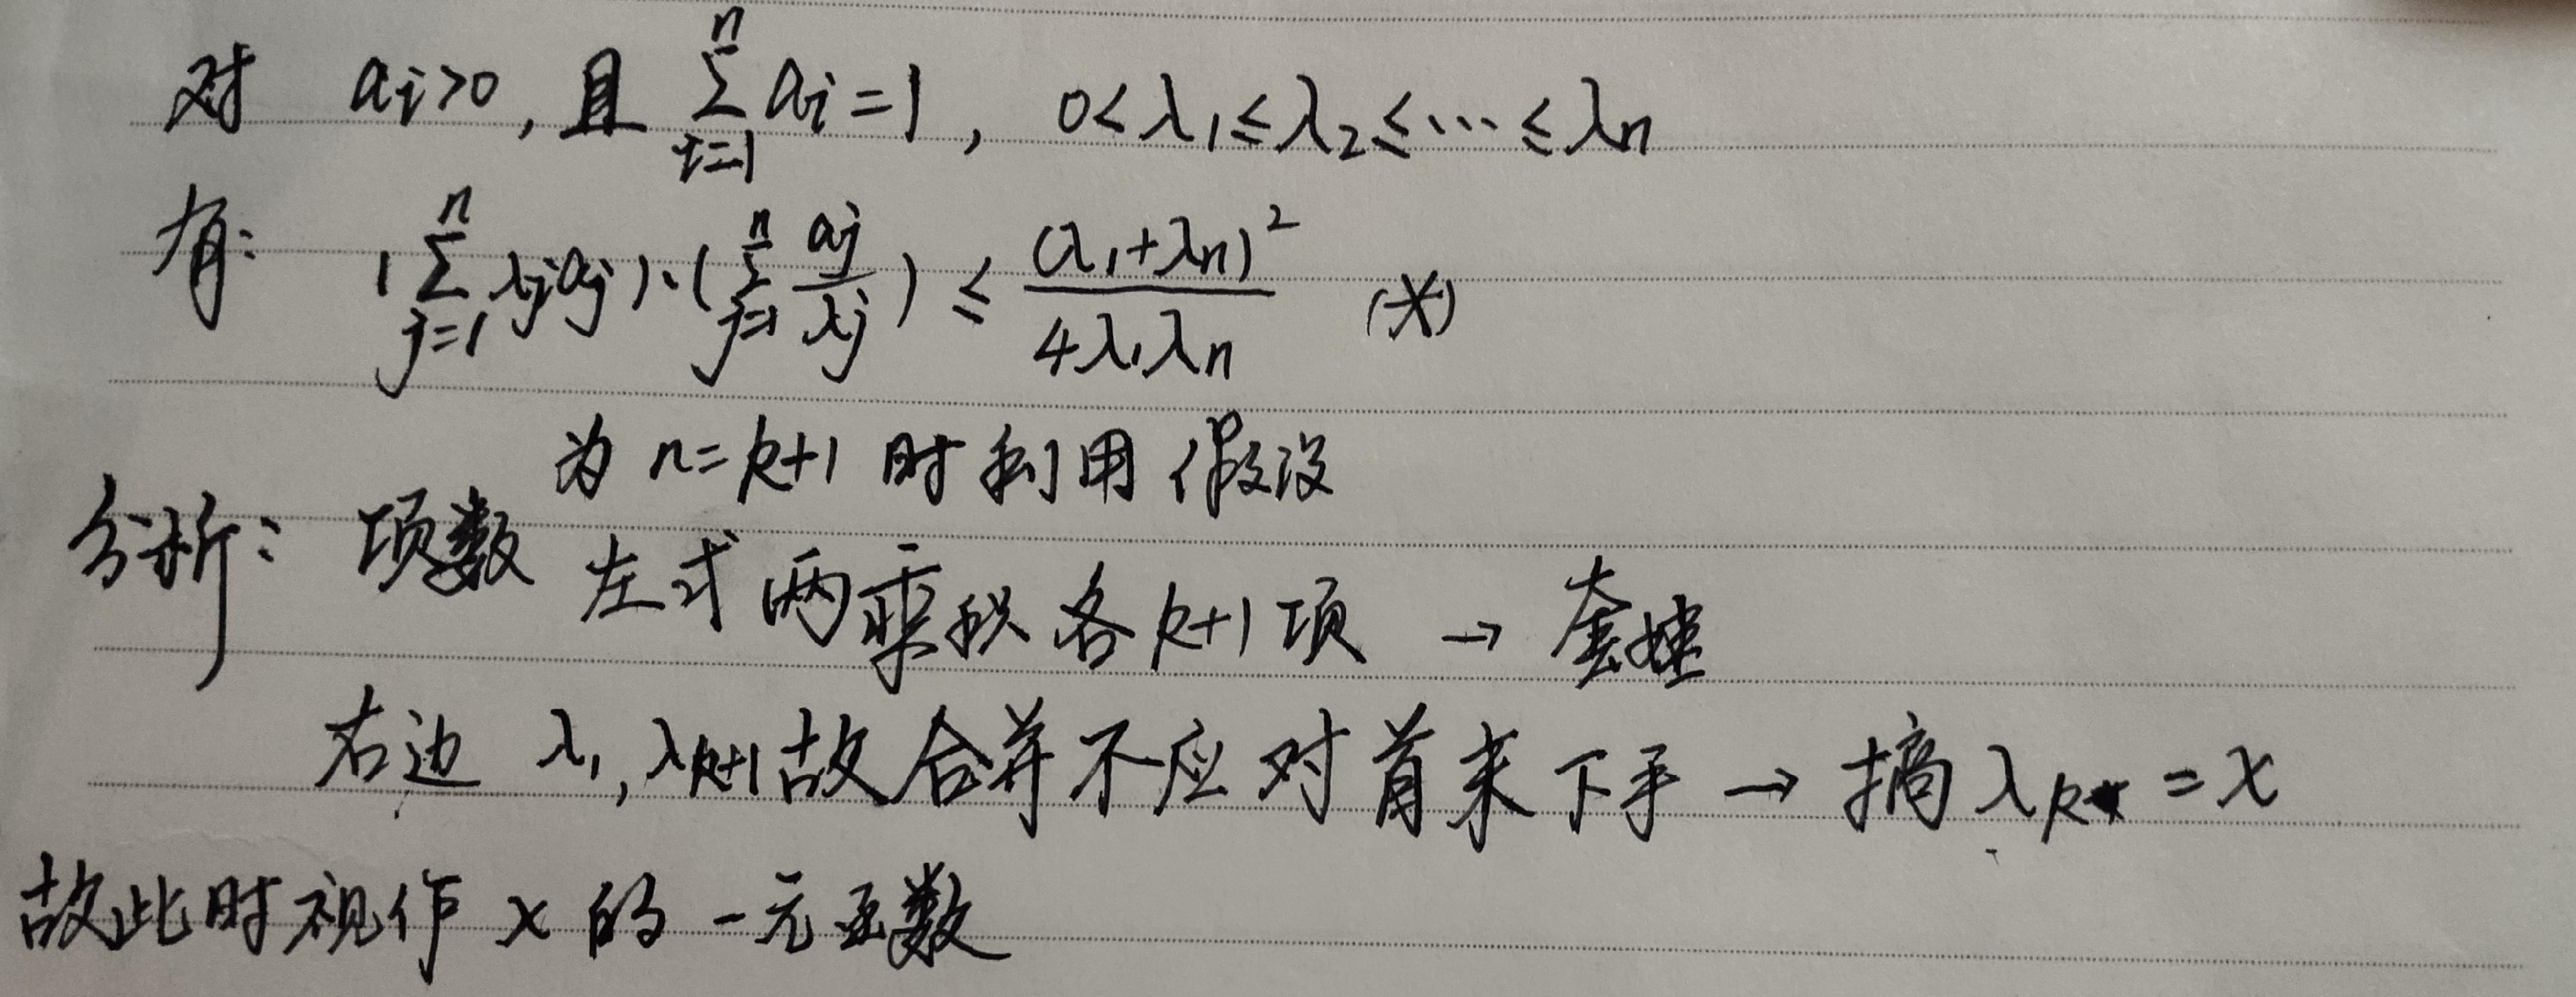
对\(a_{i}>0\)，且\(\sum_{i = 1}^{n}a_{i}=1\)，\(0<\lambda_{1}\leq\lambda_{2}\leq\cdots\leq\lambda_{n}\)有：
\(\sum_{j = 1}^{n}\lambda_{j}a_{j}\times(\sum_{j = 1}^{n}\frac{a_{j}}{\lambda_{j}})\leq\frac{(\lambda_{1}+\lambda_{n})^{2}}{4\lambda_{1}\lambda_{n}}\) （*）

分析：项数为\(n = k + 1\)时，利用假设，左式两乘积各\(k + 1\)项。\(\to\) 套娃右边\(\lambda_{1},\lambda_{n}\)，故合并不应对首末下手\(\to\) 搞\(\lambda_{k + 1}=x\)，故此时视作\(x\)的一元函数。